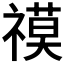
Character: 𮂓